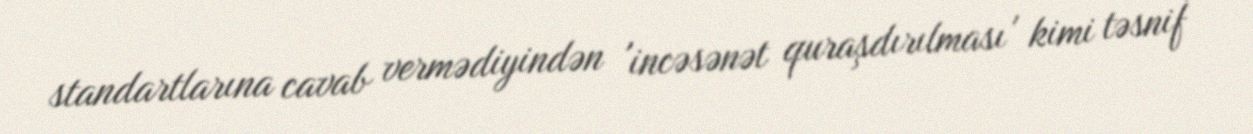
standartlarına cavab vermədiyindən 'incəsənət quraşdırılması' kimi təsnif